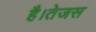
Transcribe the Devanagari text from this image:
है।तेजस